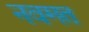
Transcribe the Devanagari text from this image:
नवमत